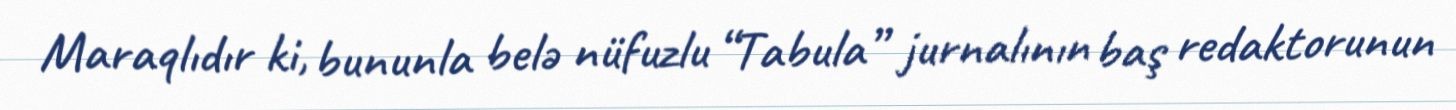
Maraqlıdır ki, bununla belə nüfuzlu “Tabula” jurnalının baş redaktorunun